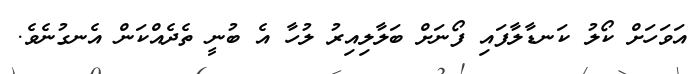
އަވަހަށް ކޯލު ކަނޑާލާފައި ފޯނަށް ބަލާލިއިރު ލުހާ އެ ބުނީ ތެދެއްކަން އެނގުނެވެ.